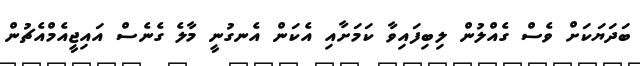
ބަދަޔަކަށް ވެސް ގެއްލުން ލިބިފައިވާ ކަމަށާއި އެކަން އެނގުނީ މާލެ ގެނެސް އައިޖީއެމްއެޗުން